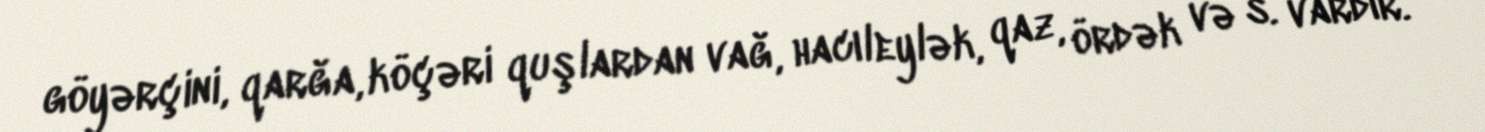
göyərçini, qarğa, köçəri quşlardan vağ, hacıleylək, qaz, ördək və s. vardır.